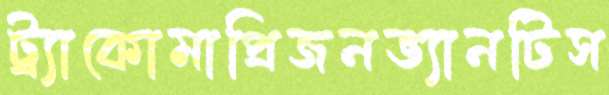
ট্র্যাকোমাপ্রিজনভ্যানটিস